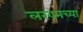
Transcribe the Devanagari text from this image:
लखनच्या